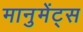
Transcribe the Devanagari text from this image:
मानुमेंट्स